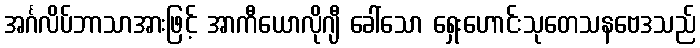
အင်္ဂလိပ်ဘာသာအားဖြင့် အာကီယောလိုဂျီ ခေါ်သော ရှေးဟောင်းသုတေသနဗေဒသည်